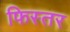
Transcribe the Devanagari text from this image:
फिस्तर